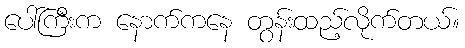
ပေါ်ကြီးက နောက်ကနေ တွန်းထည့်လိုက်တယ်။